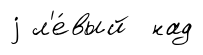
j л'е́вый над